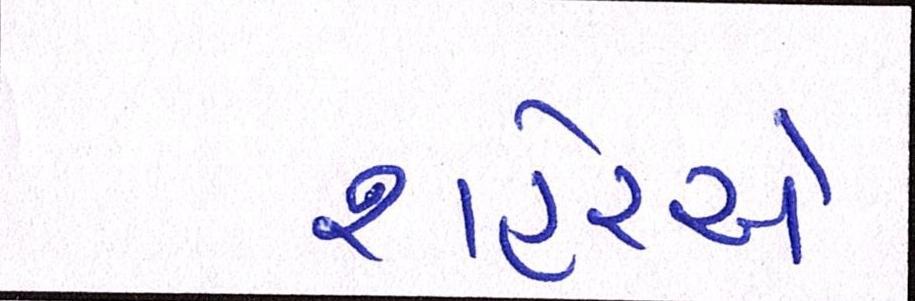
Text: શહેરએ